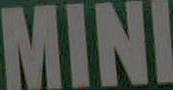
MINI